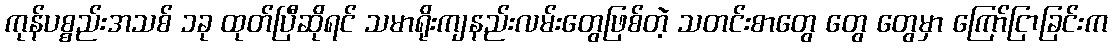
ကုန်ပစ္စည်းအသစ် ၁ခု ထုတ်ပြီဆိုရင် သမာရိုးကျနည်းလမ်းတွေဖြစ်တဲ့ သတင်းစာတွေ တွေ တွေမှာ ကြော်ငြာခြင်းက